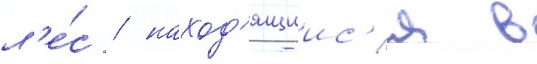
л'е́с / наход'ящиис'я в